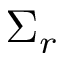
\Sigma _ { r }